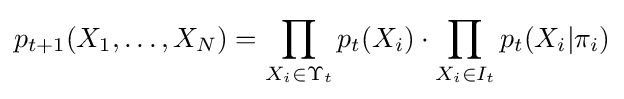
p_{t+1}(X_{1},\dots ,X_{N})=\prod _{X_{i}\in \Upsilon _{t}}p_{t}(X_{i})\cdot \prod _{X_{i}\in I_{t}}p_{t}(X_{i}|\pi _{i})